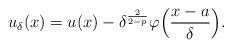
LaTeX: \begin{align*} u_\delta(x) = u (x) - \delta^\frac{2}{2 - p} \varphi \Bigl(\frac{x - a}{\delta} \Bigr).\end{align*}